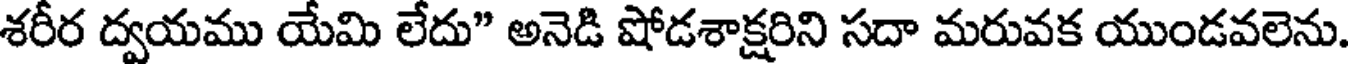
శరీర ద్వయము యేమి లేదు" అనెడి షోడశాక్షరిని సదా మరువక యుండవలెను.